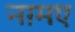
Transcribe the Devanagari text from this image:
नग़्मए